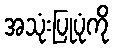
အသုံးပြုပုံကို